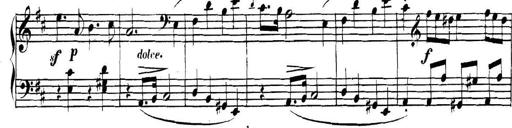
Title: Collected Piano Sonatas
Composer: Muzio Clementi